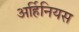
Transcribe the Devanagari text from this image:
अर्हिनियस